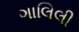
ગાલિલી